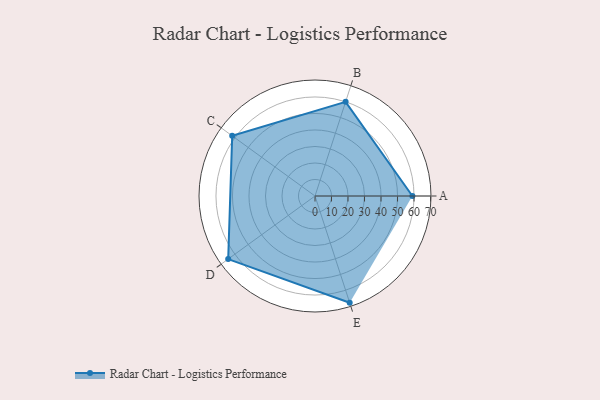
{"axis": {"x": "Skill", "y": "Score"}, "legend": ["Profile"], "data": [{"x": "A", "y": 59.0, "type": "Profile"}, {"x": "B", "y": 60.0, "type": "Profile"}, {"x": "C", "y": 62.0, "type": "Profile"}, {"x": "D", "y": 65.0, "type": "Profile"}, {"x": "E", "y": 68.0, "type": "Profile"}]}